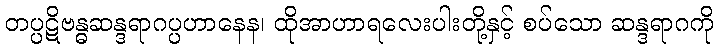
တပ္ပဋိဗန္ဓဆန္ဒရာဂပ္ပဟာနေန၊ ထိုအာဟာရလေးပါးတို့နှင့် စပ်သော ဆန္ဒရာဂကို